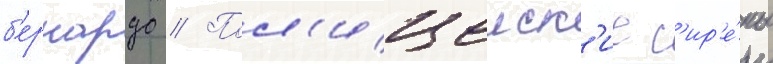
б'ернардо // Пол'ицеиск'ие с'ир'е́ны